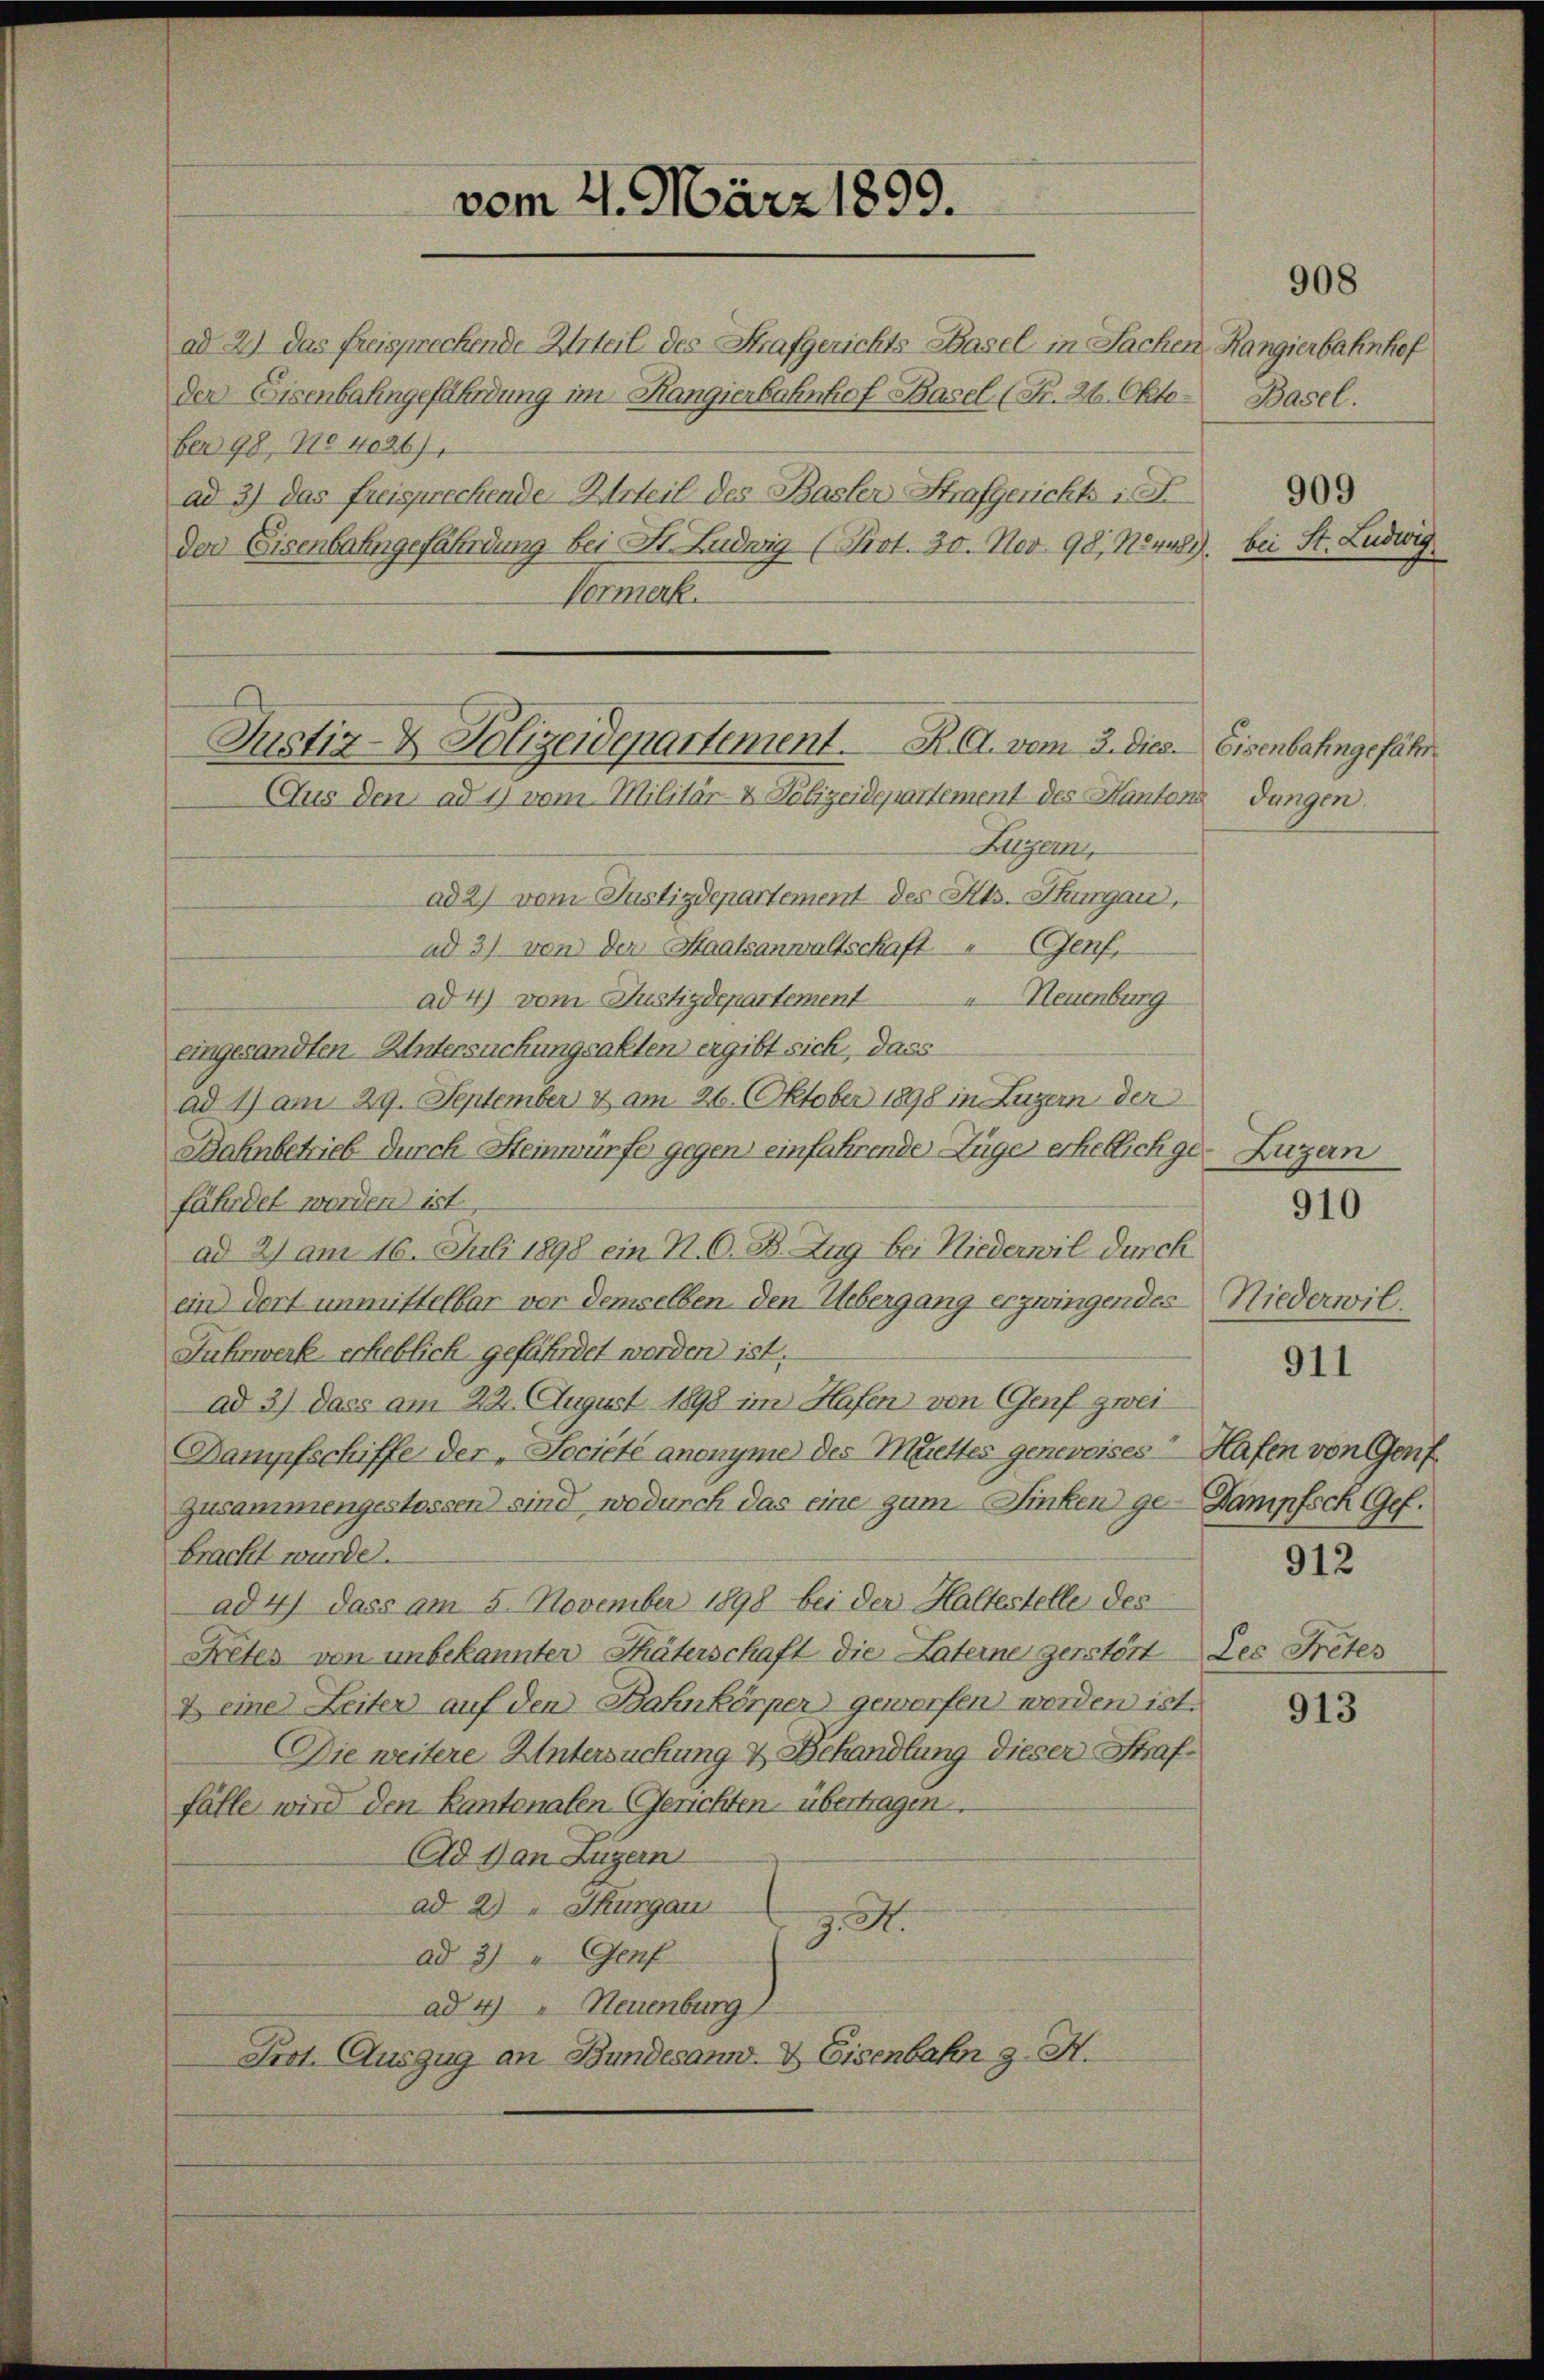
ad 2.) Das freispreckende Miteil des Strafgerichts Basel in Sachen Rangierbahnhof
Der Eisenbahngefährdung im Kangierbahnhof Basel (Fr. 26. Okto¬
Ben 98, No 4026/
ad 3) das freisprechende Urteil des Basler Strafgerichts in F
der Eisenbahngefährdung bei St. Luduig (Prot. 30. Nov. 90, No 48.
Vormerk.
Justiz- & Polizeidepartement. K. A. vom 3. dies. Eisenbahngefähr

vom 21. März 1899.

Luzern,
ad 2) vom Justizdepartement des Kts. Thurgau,
ad 3) von der Staatsanwaltschaft " Genf,
ad 4) vom Justizdepartement Neuenburg
eingesandten Untersuchungsakten ergibt sich, dass
ad 1) am 29. September & am 26. Oktober 1898 in Luzern der
Bahnbetrieb durch Steinwürfe gegen einfahrende Züger erheblichge- Luzern
fährdet worden ist.
ad 2) am 16. Juli 1898 ein N. O. B. Zug bei Niederwil durch
ein dort unmittelbar vor demselben den Uebergang erzwingendes Niederwil.
Fuhrwerk erheblich gefährdet werden ist.
ad 3) dass am 22. August 1898 im Hafen von Genf zwei
Dampfschiffe der "Société anonyme des Muettes genevoises Hafen von Genf
Zusammengestossen sind, wodurch das eine gum Finken ge-Dampfsch Gef.
bracht wurde.
ad 4) dass am 5. November 1898 bei der Haltestelle des
Fretes von unbekannter Thäterschaft die Laterne zerstört des Tretes
& eine Leiter auf den Bahnkörper geworfen worden ist.
Die weitere Untersuchung & Behandlung dieser Straffälle wird den Kantonalen (Gerichten übertragen.
Ad 1 an Luzern
ad 2) Thurgau
J. A.
ad 3) " Genf
ad 4) Neuenburg
Prot. Auszug an Bundesann- & Eisenbahn z. H.

Aus den ad 1) vom Militär- & Polizeidepartement des Kantons Jungen.

Basel.

908

bei St. Ludwig

909

911

910

912

913